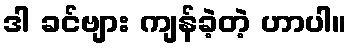
ဒါ ခင်ဗျား ကျန်ခဲ့တဲ့ ဟာပါ။